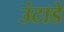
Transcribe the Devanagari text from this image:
उंटाडे